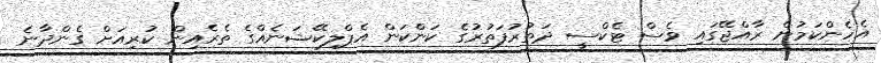
އެހެންކަމުން ރާއްޖޭގައި ވެސް ޓެކްސީ ދަތުރުފަތުރުގެ ކަންކަން އެޕްލިކޭޝަނެއްގެ ތެރެއިން ކުރިއަށް ގެންދާނެ